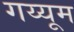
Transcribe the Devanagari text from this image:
गय्यूम